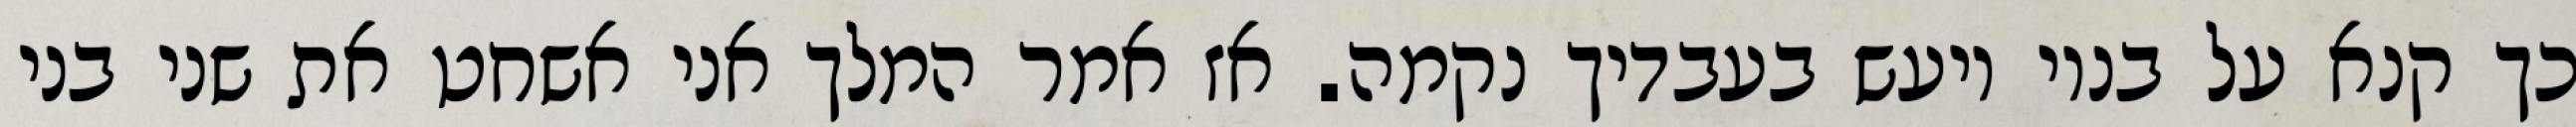
כך קנא על בניו ויעש בעבדיך נקמה. אז אמר המלך אני אשחט את שני בני